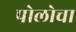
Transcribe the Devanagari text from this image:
पोलोचा